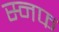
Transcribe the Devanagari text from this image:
स्नफ